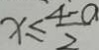
x \leq \frac { 4 - 0 } { 2 }